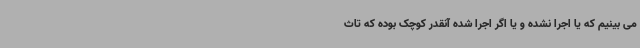
می بینیم که یا اجرا نشده و یا اگر اجرا شده آنقدر کوچک بوده که تاث